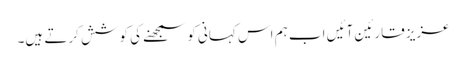
عزیز قارئین آئیں اب ہم اس کہانی کو سمجھنے کی کوشش کرتے ہیں۔